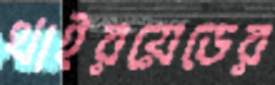
থাইরয়েডের